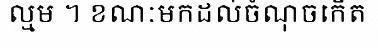
ល្មម ។ ខណៈមកដល់ចំណុចកើត